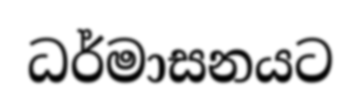
ධර්මාසනයට